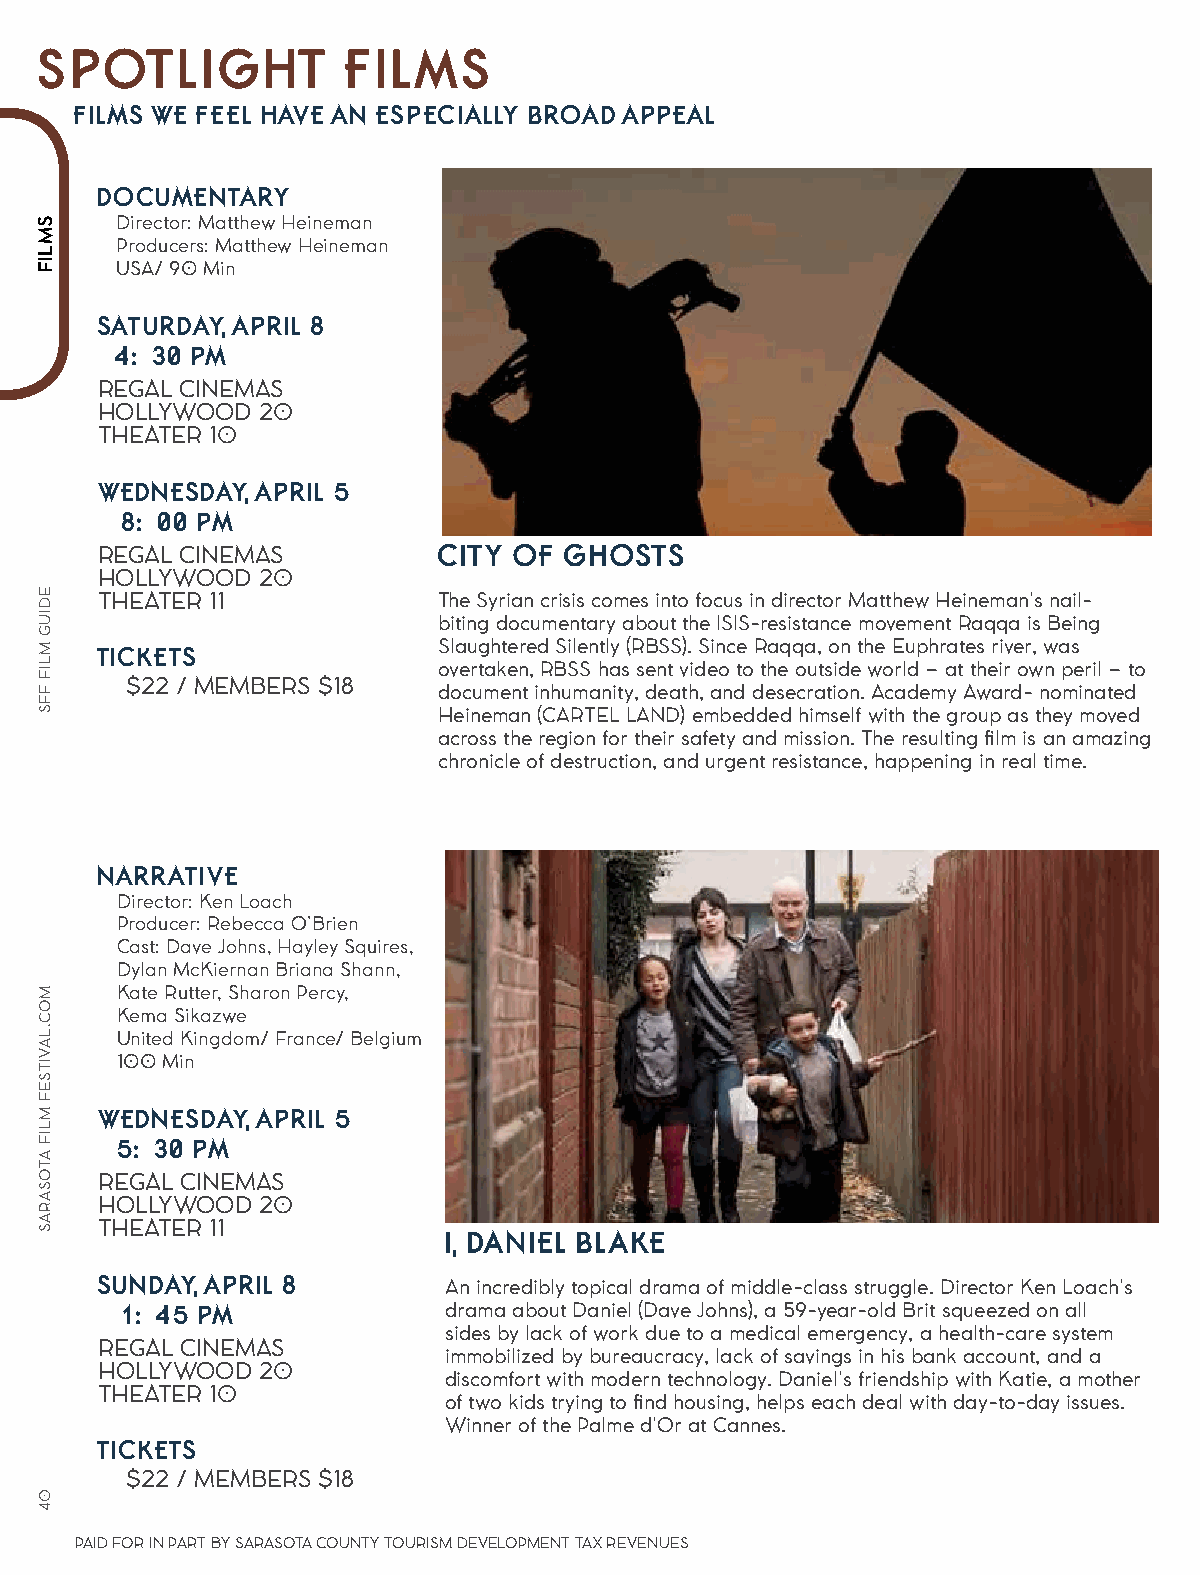
SPOTLIGHT           FILMS
 FILMS WE FEEL HAVE AN ESPECIALLY BROAD APPEAL
 DOCUMENTARY
 Director: Matthew Heineman
 Producers: Matthew Heineman
 USA/ 90 Min
 SATURDAY, APRIL 8
 4:30 PM
 REGAL CINEMAS
 HOLLYWOOD  20
 THEATER 10
 WEDNESDAY, APRIL 5
 8:00 PM
 CITY OF GHOSTS
 REGAL CINEMAS
 HOLLYWOOD  20
 THEATER 11             The Syrian crisis comes into focus in director Matthew Heineman's nail-
 biting documentary about the ISIS-resistance movement Raqqa is Being
 TICKETS                Slaughtered Silently (RBSS). Since Raqqa, on the Euphrates river, was
 overtaken, RBSS has sent video to the outside world – at their own peril – to
 $22 / MEMBERS $18
 document inhumanity, death, and desecration. Academy Award- nominated
 Heineman (CARTEL LAND) embedded himself with the group as they moved
 across the region for their safety and mission. The resulting film is an amazing
 chronicle of destruction, and urgent resistance, happening in real time.
 NARRATIVE
 Director: Ken Loach
 Producer: Rebecca O’Brien
 Cast: Dave Johns, Hayley Squires,
 Dylan McKiernan Briana Shann,
 Kate Rutter, Sharon Percy,
 Kema Sikazwe
 United Kingdom/ France/ Belgium
 100 Min
 WEDNESDAY, APRIL 5
 5:30 PM
 REGAL CINEMAS
 HOLLYWOOD  20
 THEATER 11
 I, DANIEL BLAKE
 SUNDAY, APRIL 8
 An incredibly topical drama of middle-class struggle. Director Ken Loach's
 1:45 PM              drama about Daniel (Dave Johns), a 59-year-old Brit squeezed on all
 sides by lack of work due to a medical emergency, a health-care system
 REGAL CINEMAS
 immobilized by bureaucracy, lack of savings in his bank account, and a
 HOLLYWOOD  20
 discomfort with modern technology. Daniel's friendship with Katie, a mother
 THEATER 10
 of two kids trying to find housing, helps each deal with day-to-day issues.
 Winner of the Palme d'Or at Cannes.
 TICKETS
 $22 / MEMBERS $18
 PAID FOR IN PART BY SARASOTA COUNTY TOURISM DEVELOPMENT TAX REVENUES
 SMLIF
 EDIUG
 MLIF
 FFS
 MOC.LAVITSEF
 MLIF
 ATOSARAS
 04